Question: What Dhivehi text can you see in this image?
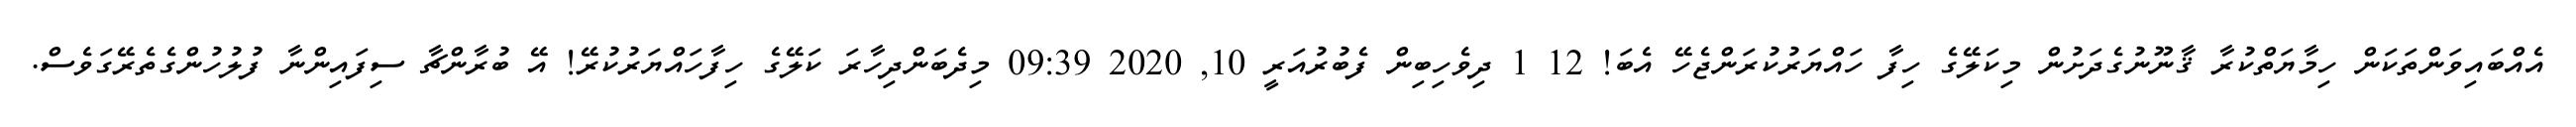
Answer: އެއްބައިވަންތަކަން ހިމާޔަތްކުރާ ޤާނޫނުގެދަށުން މިކަލޭގެ ހިފާ ހައްޔަރުކުރަންޖެހޭ އެބަ! 12 1 ދިވެހިބިން ފެބުރުއަރީ 10, 2020 09:39 މިދެބަންދިހާރަ ކަލޭގެ ހިފާހައްޔަރުކުރޭ! އޭ ބުރާންޗާ ސިފައިންނާ ފުލުހުންގެތެރޭގަވެސް.